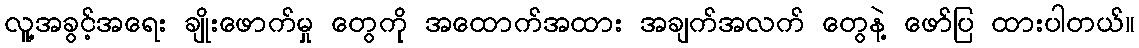
လူ့အခွင့်အရေး ချိုးဖောက်မှု တွေကို အထောက်အထား အချက်အလက် တွေနဲ့ ဖော်ပြ ထားပါတယ်။